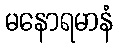
မနောရမာနံ